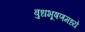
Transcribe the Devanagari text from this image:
बुधभूषणमध्ये